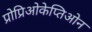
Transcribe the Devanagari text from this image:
प्रोप्रिओकेप्तिओन